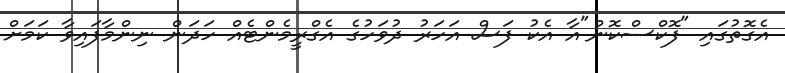
އެގޮތުގައި "ފޮކްސްކޮން"އާ އެކު ފަސް އަހަރު ދުވަހުގެ އެގްރީމެންޓެއް ހަދަން ނިންމާފައިވާ ކަމަށް